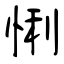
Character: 悧